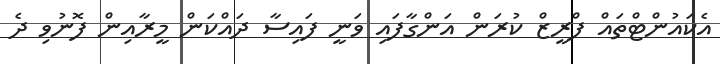
އެކައުންޓްތައް ފްރީޒް ކުރަން އަންގާފައި ވަނީ ފައިސާ ދައްކަން މީރާއިން ފޮނުވި ދެ